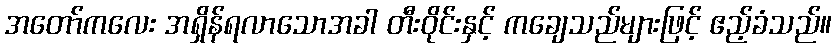
အတော်ကလေး အရှိန်ရလာသောအခါ တီးဝိုင်းနှင့် ကချေသည်များဖြင့် ဧည့်ခံသည်။